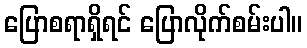
ပြောစရာရှိရင် ပြောလိုက်စမ်းပါ။